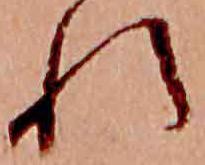
れ